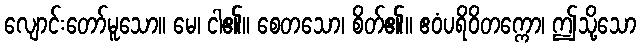
လျောင်းတော်မူသော။ မေ၊ ငါ၏။ စေတသော၊ စိတ်၏။ ဧဝံပရိဝိတက္ကော၊ ဤသို့သော